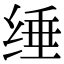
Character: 缍